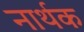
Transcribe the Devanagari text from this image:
नार्थक